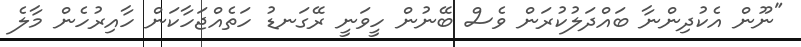
"ނޫން އެކުދިންނާ ބައްދަލުކުރަން ވެސް ބޭނުން ހީވަނީ ރޭގަނޑު ހަތެއްޖަހާކަން ހާއިރުހެން މާލެ